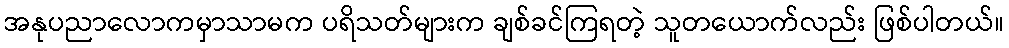
အနုပညာလောကမှာသာမက ပရိသတ်များက ချစ်ခင်ကြရတဲ့ သူတယောက်လည်း ဖြစ်ပါတယ်။